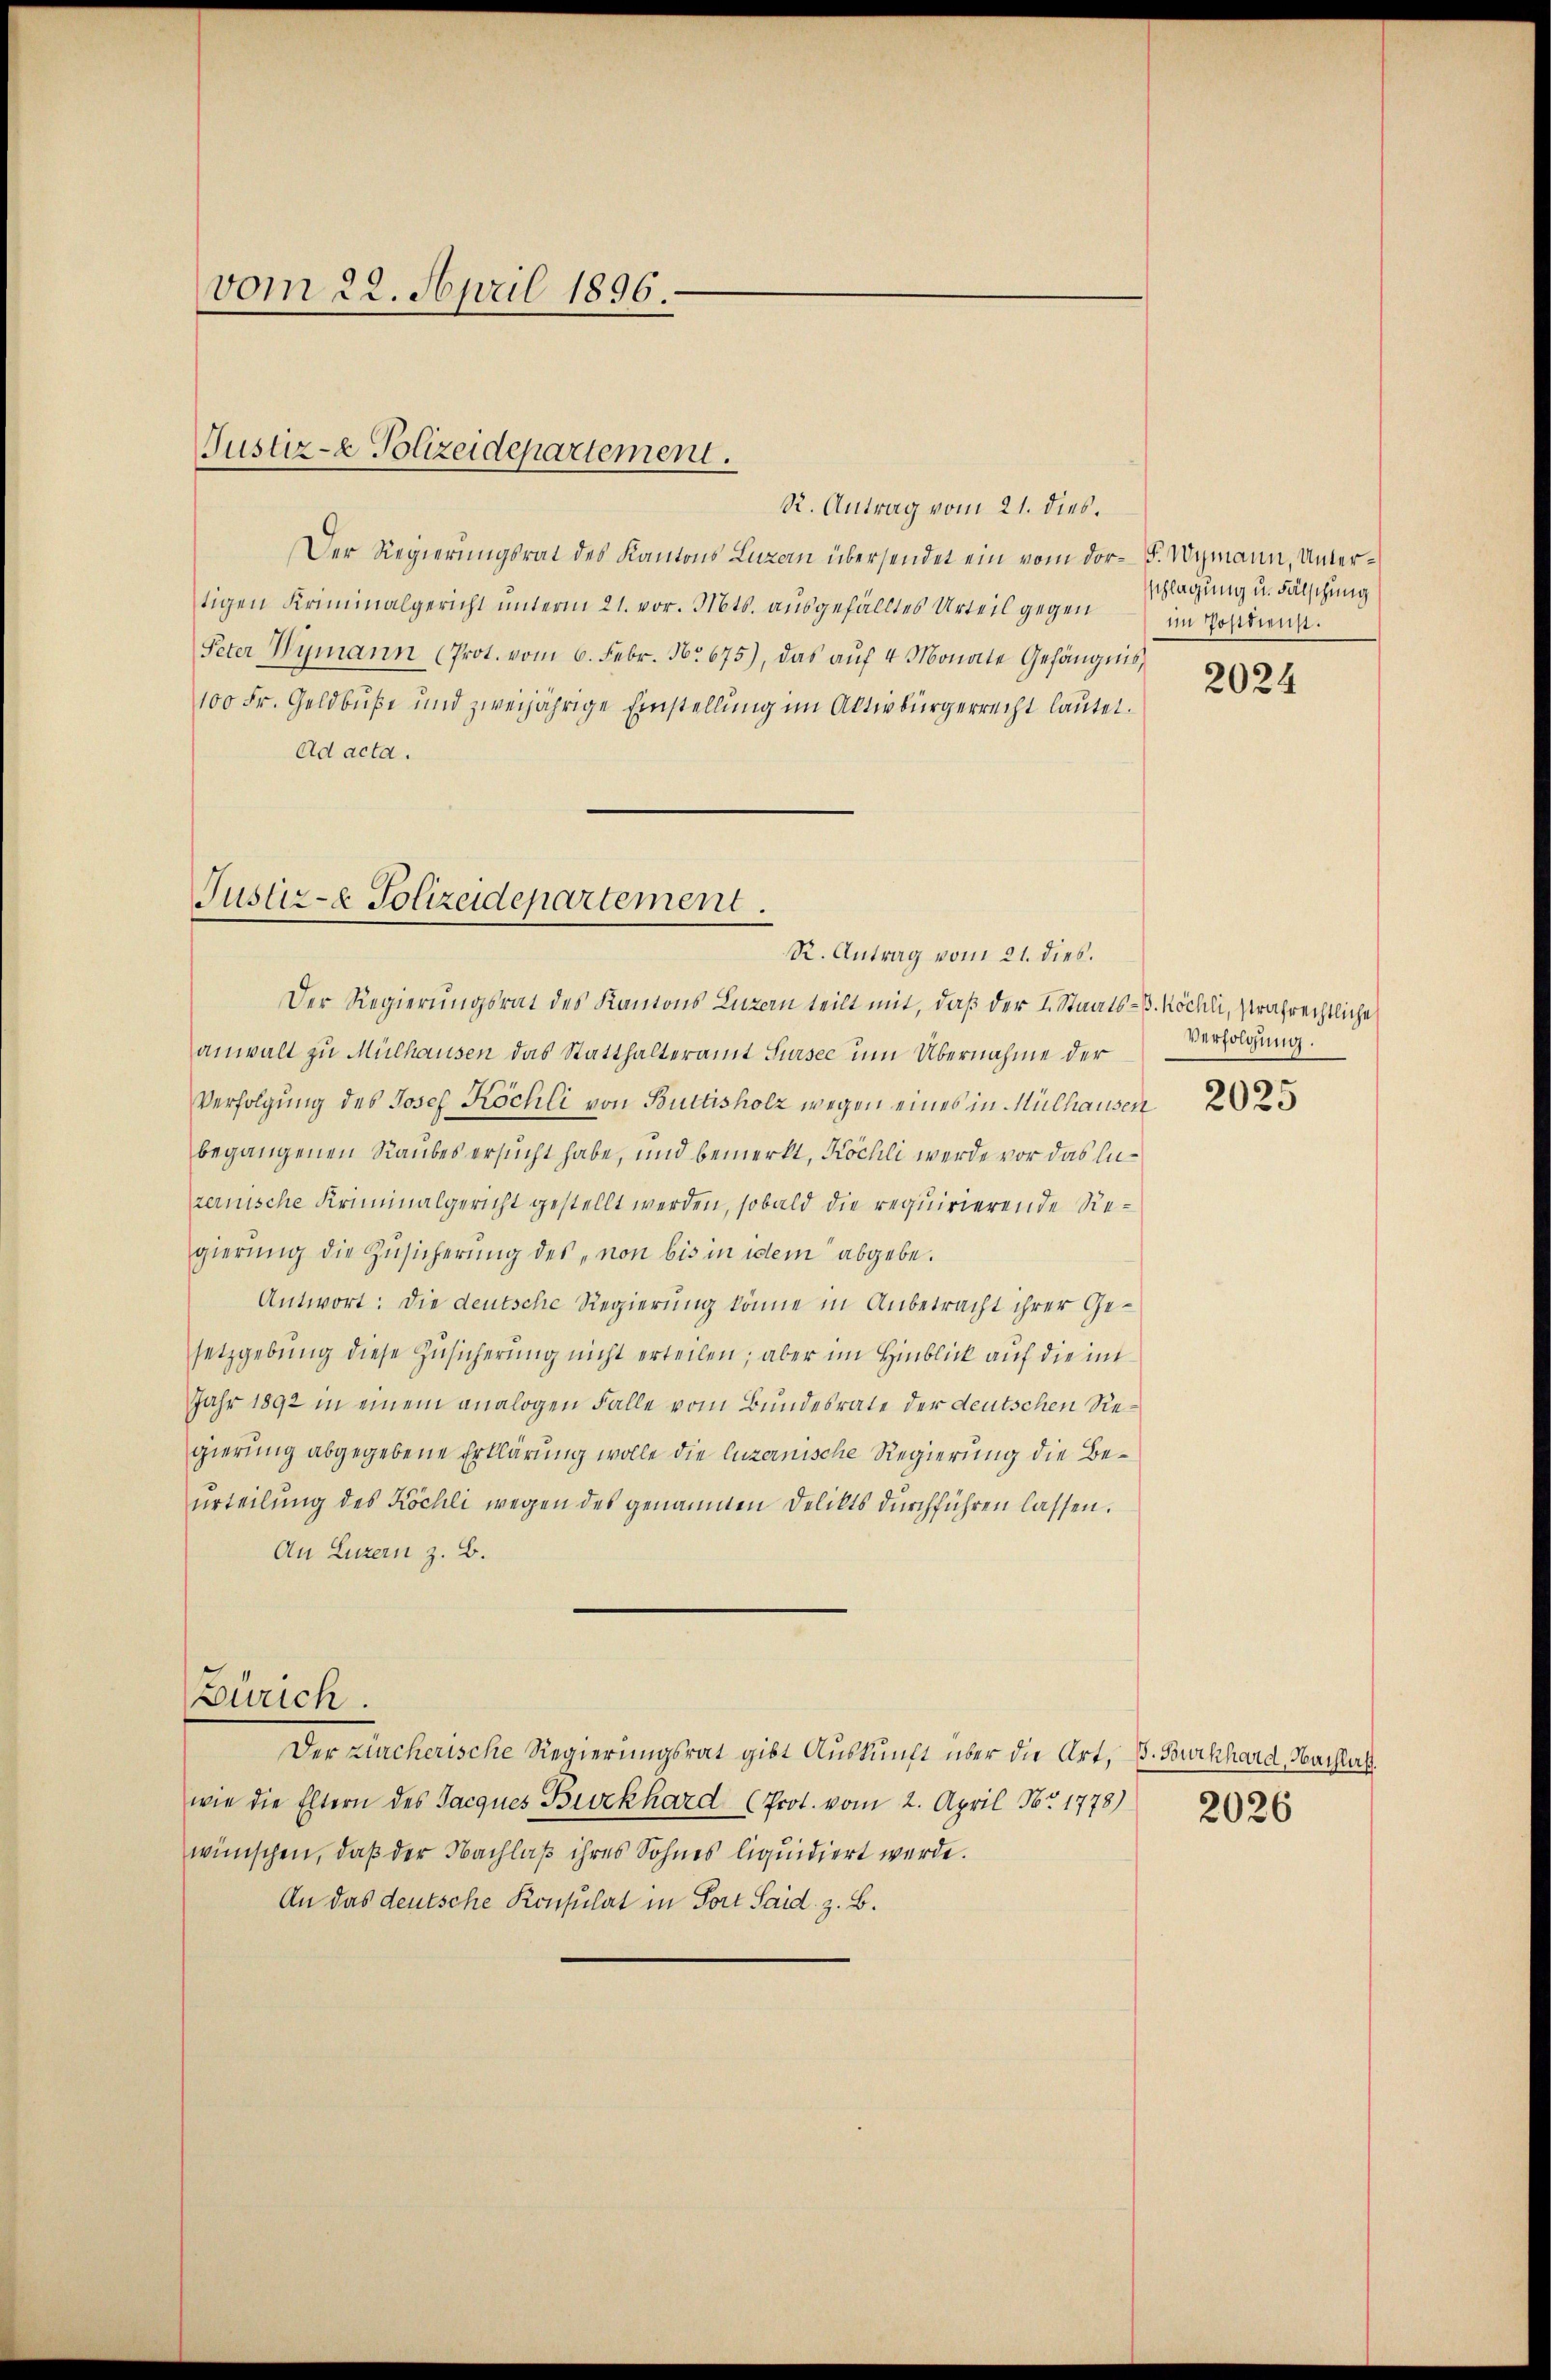
vom 22. April 1896.

Justiz- & Polizeidepartement.
R. Antrag vom 21. dies.

Justiz- & Polizeidepartement.

R. Antrag vom 21. dies.
Der Regierungsrat des Kantons Luzern übersendet ein vom Dor F. Wymann, Untertigen Kriminalgericht unterm 21. vor. Mts. ausgefälltes Urteil gegen
Peter Wymann (Prot. vom 6. Febr. No. 675), das aŭf 4 Monate Gefängnis,
100 Fr. Geldbuße und zweijährige Einstellung im Aktivbürgerrecht lautet.
Ad acta.

Der Regierungsrat des Kantons Luzern teilt mit, daß der L. Staats-B. Köchli, strafrechtliche
anwalt zu Mülhausen das Statthalteramt Sursee um Übernahme der
Verfolgung des Josef Köchli von Buttisholz wegen eines in Mülhausen
begangenen Raubes ersucht habe, und bemerkt, Köchli werde vor das Inrerische Kriminalgericht gestellt werden, sobald die requirierende Siegierung die Zusicherung des „non bis in dem abgebe.
Antwort: Die deutsche Regierung könne in Anbetracht ihrer Gesetzgebung diese Zusicherung nicht erteilen; aber im Hinblick auf die mi
Jahr 1892 in einem analogen Falle vom Bundesrate der deutschen Regierung abgegebene Erklärung wolle die luzernische Regierung die Beurteilung des Köchli wegen des genannten Delikts durchführen lassen.
An Luzern z. B.
Zürich.
Der Kircherische Regierungsrat gibt Auskunft über die Art, S. Burkhard, Nachlas
wie die Eltern des Jacques Burkhard (Prot. vom 2. April Nr 1778) 2126
wünschen, daß der Nachlaß ihres Sohnes liquidiert werde.
An das deutsche Konsulat in Fort Said. z. B.

sschlagung u. Fälschung
im Postdienst.

2024

Verfolgung.

2025